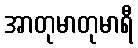
အာတုမာတုမာရီ